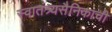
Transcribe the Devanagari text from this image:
स्वातंत्र्यसैनिकाची